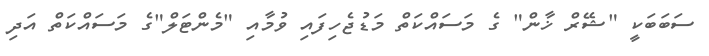
ސަބަބަކީ "ޝޭރް ޚާން" ގެ މަސައްކަތް މަޑުޖެހިފައި ވުމާއި "މެންޓަލް"ގެ މަސައްކަތް އަދި